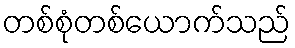
တစ်စုံတစ်ယောက်သည်